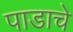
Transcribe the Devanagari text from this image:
पाडाचे